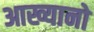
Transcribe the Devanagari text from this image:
आख्यानो